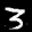
Label: 3